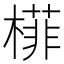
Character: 𬄟